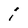
Character: i